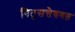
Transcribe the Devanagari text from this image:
पितृसत्तेबबत